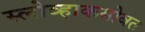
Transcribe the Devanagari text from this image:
स्लोव्हाकसोबत